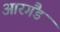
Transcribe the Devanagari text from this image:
आरगैंड